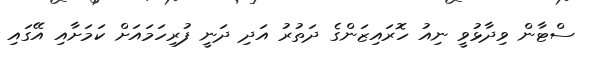
ސްޓާން ވިދާޅުވީ ނިއު ހޮރައިޒަންގެ ދަތުރު އަދި ދަނީ ފުރިހަމައަށް ކަމަށާއި އޭގައި